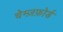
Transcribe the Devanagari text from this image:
चेम्ज़फ़ोर्ड